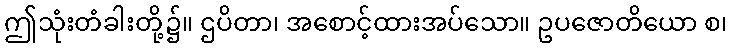
ဤသုံးတံခါးတို့၌။ ဌပိတာ၊ အစောင့်ထားအပ်သော။ ဥပဇောတိယော စ၊